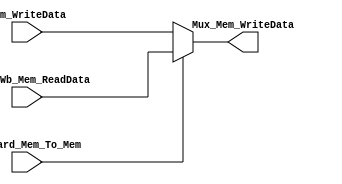
`timescale 1ns / 1ps
module Mux_mem_writedata(
    input [31:0] Mem_O_Wb_Mem_ReadData,
input [31:0] Mem_WriteData,
input Forward_Mem_To_Mem,
output reg [31:0] Mux_Mem_WriteData
    );
       // mem - to - mem forwarding data selection
     always @(*)
     begin
    if(Forward_Mem_To_Mem ==1'b1)
    Mux_Mem_WriteData =Mem_O_Wb_Mem_ReadData;
    else
    Mux_Mem_WriteData =Mem_WriteData;
    end
endmodule